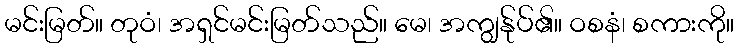
မင်းမြတ်။ တုဝံ၊ အရှင်မင်းမြတ်သည်။ မေ၊ အကျွန်ုပ်၏။ ဝစနံ၊ စကားကို။